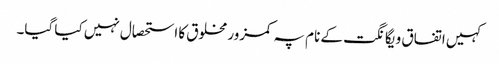
کہیں اتفاق و یگانگت کے نام پہ کمزور مخلوق کا استحصال نہیں کیا گیا۔